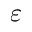
\varepsilon